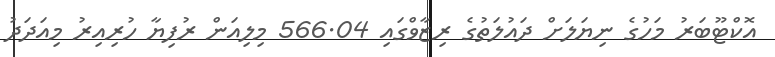
އޮކްޓޫބަރު މަހުގެ ނިޔަލަށް ދައުލަތުގެ ރިޒާވްގައި 566.04 މިލިއަން ރުފިޔާ ހުރިއިރު މިއަދަދު